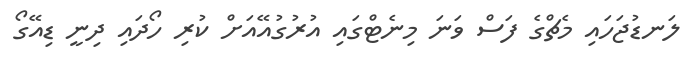
ލަނޑުޖަހައި މެޗްގެ ފަސް ވަނަ މިނެޓްގައި އުރުގުއޭއަށް ކުރި ހޯދައި ދިނީ ޑިއޭގޯ